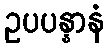
ဥပပန္နာနံ